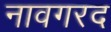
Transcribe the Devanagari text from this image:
नावगरद